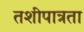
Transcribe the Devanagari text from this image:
तशीपात्रता